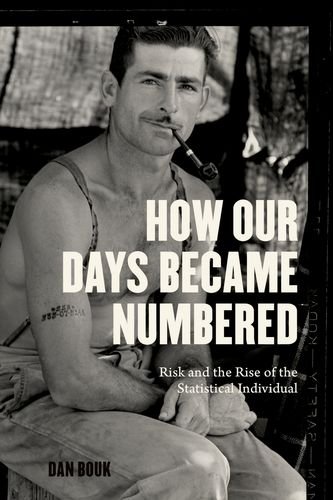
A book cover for How Our Days Became Numbered: Risk and the Rise of the Statistical Individual; Dan Bouk; Business & Money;